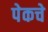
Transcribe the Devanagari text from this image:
पेकचे